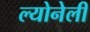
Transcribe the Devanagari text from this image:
ल्योनेली